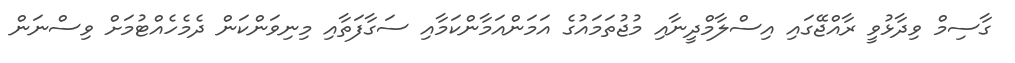
ގާސިމް ވިދާޅުވީ ރާއްޖޭގައި އިސްލާމްދީނާއި މުޖުތަމައުގެ އަމަންއަމާންކަމާއި ސަގާފަތާއި މިނިވަންކަން ދެމެހެއްޓުމަށް ވިސްނަން